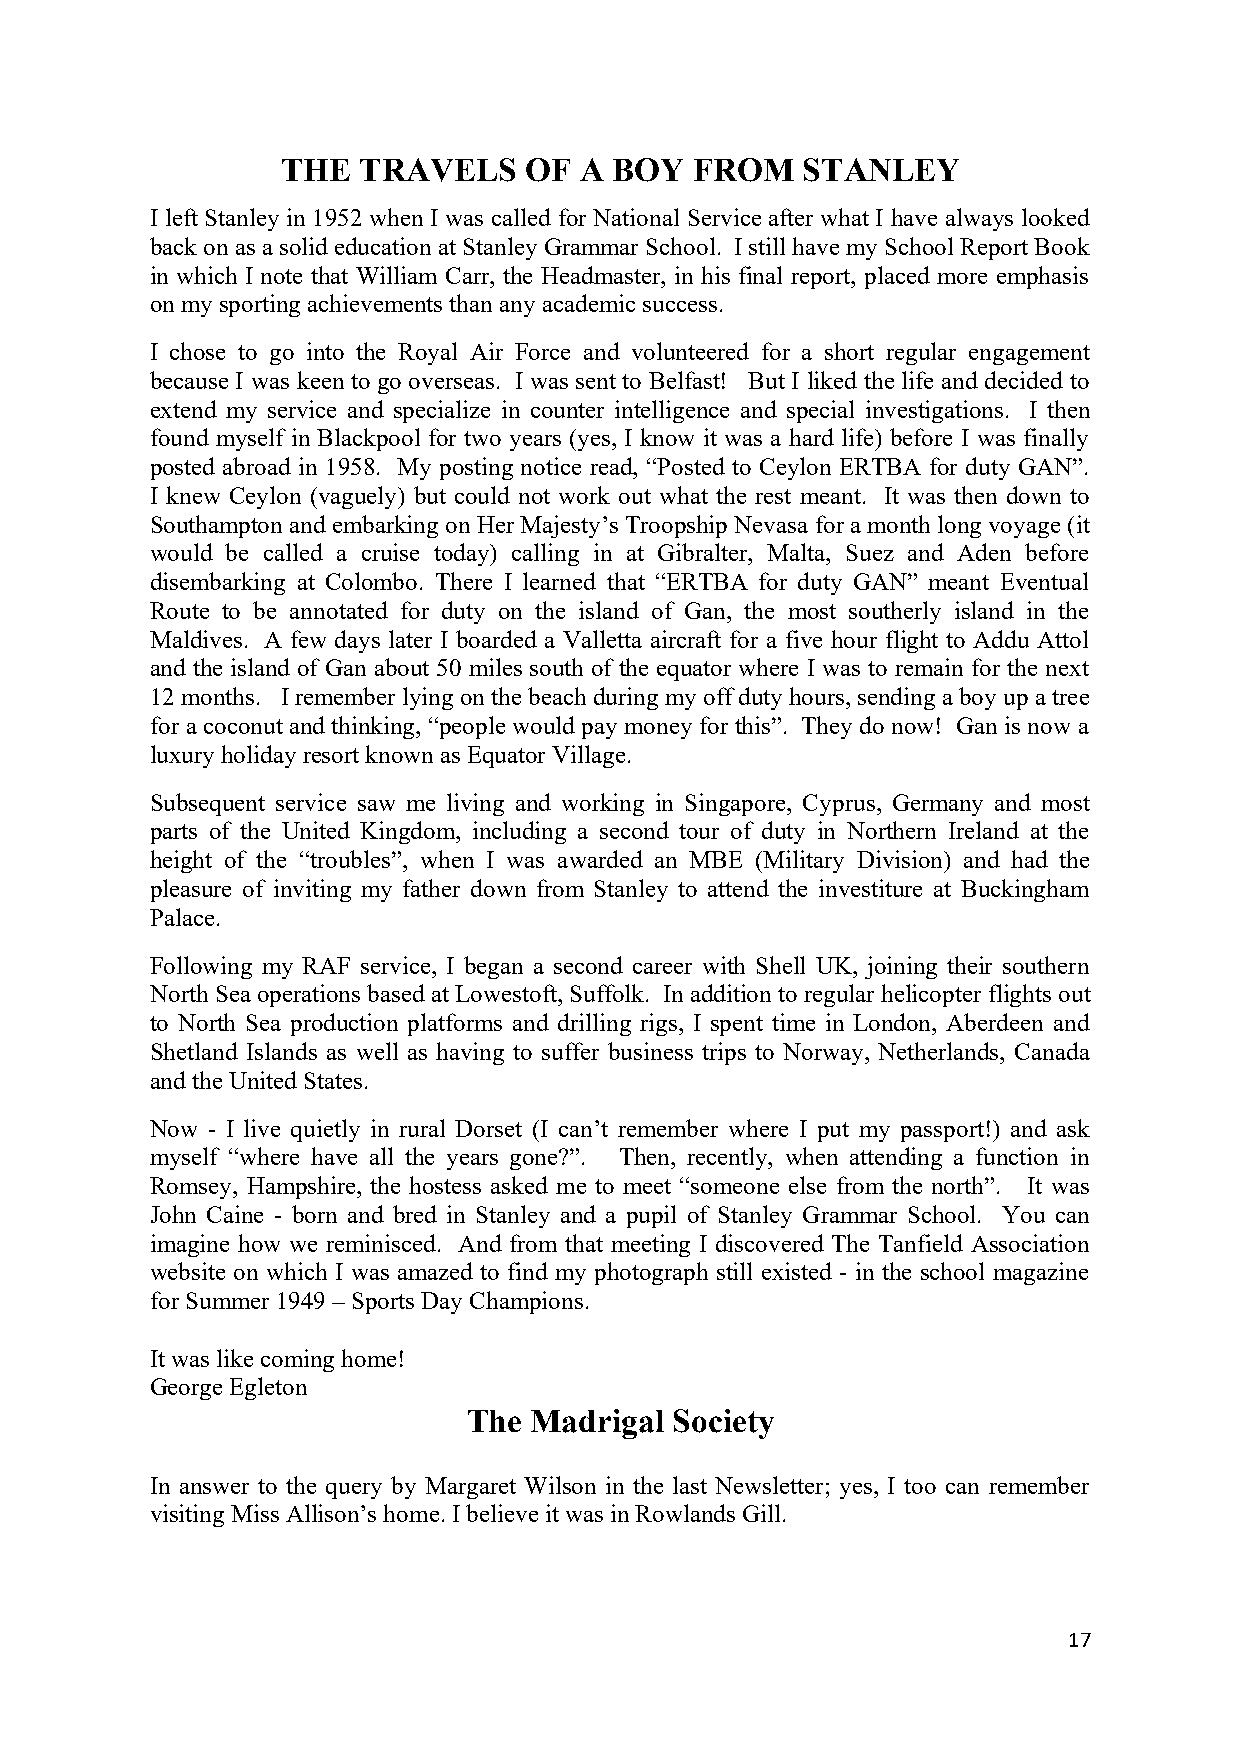
THE  TRAVELS    OF A  BOY  FROM   STANLEY
 I left Stanley in 1952 when I was called for National Service after what I have always looked
 back on as a solid education at Stanley Grammar School. I still have my School Report Book
 in which I note that William Carr, the Headmaster, in his final report, placed more emphasis
 on my sporting achievements than any academic success.
 I chose to go into the Royal Air Force and volunteered for a short regular engagement
 because I was keen to go overseas. I was sent to Belfast! But I liked the life and decided to
 extend my service and specialize in counter intelligence and special investigations. I then
 found myself in Blackpool for two years (yes, I know it was a hard life) before I was finally
 posted abroad in 1958. My posting notice read, “Posted to Ceylon ERTBA for duty GAN”.
 I knew Ceylon (vaguely) but could not work out what the rest meant. It was then down to
 Southampton and embarking on Her Majesty’s Troopship Nevasa for a month long voyage (it
 would be called a cruise today) calling in at Gibralter, Malta, Suez and Aden before
 disembarking at Colombo. There I learned that “ERTBA for duty GAN” meant Eventual
 Route to be annotated for duty on the island of Gan, the most southerly island in the
 Maldives. A few days later I boarded a Valletta aircraft for a five hour flight to Addu Attol
 and the island of Gan about 50 miles south of the equator where I was to remain for the next
 12 months. I remember lying on the beach during my off duty hours, sending a boy up a tree
 for a coconut and thinking, “people would pay money for this”. They do now! Gan is now a
 luxury holiday resort known as Equator Village.
 Subsequent service saw me living and working in Singapore, Cyprus, Germany and most
 parts of the United Kingdom, including a second tour of duty in Northern Ireland at the
 height of the “troubles”, when I was awarded an MBE (Military Division) and had the
 pleasure of inviting my father down from Stanley to attend the investiture at Buckingham
 Palace.
 Following my RAF service, I began a second career with Shell UK, joining their southern
 North Sea operations based at Lowestoft, Suffolk. In addition to regular helicopter flights out
 to North Sea production platforms and drilling rigs, I spent time in London, Aberdeen and
 Shetland Islands as well as having to suffer business trips to Norway, Netherlands, Canada
 and the United States.
 Now - I live quietly in rural Dorset (I can’t remember where I put my passport!) and ask
 myself “where have all the years gone?”. Then, recently, when attending a function in
 Romsey, Hampshire, the hostess asked me to meet “someone else from the north”. It was
 John Caine - born and bred in Stanley and a pupil of Stanley Grammar School. You can
 imagine how we reminisced. And from that meeting I discovered The Tanfield Association
 website on which I was amazed to find my photograph still existed - in the school magazine
 for Summer 1949 – Sports Day Champions.
 It was like coming home!
 George Egleton
 The Madrigal Society
 In answer to the query by Margaret Wilson in the last Newsletter; yes, I too can remember
 visiting Miss Allison’s home. I believe it was in Rowlands Gill.
 17